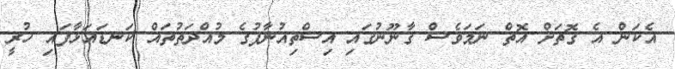
އެކަން އެ ގޮތަށް އޮތް ނަމަވެސް ގާނޫނުގައި އިސްތިއުނާފުގެ މުއްދަތުތައް ކަނޑައަޅާފައި ހުރީ